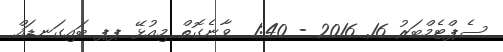
ސެޕްޓެމްބަރު 16